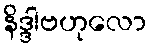
နိဒ္ဒါဗဟုလော